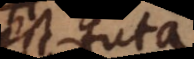
est tuta.